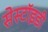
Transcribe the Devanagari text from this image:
सेस्टॉइडी